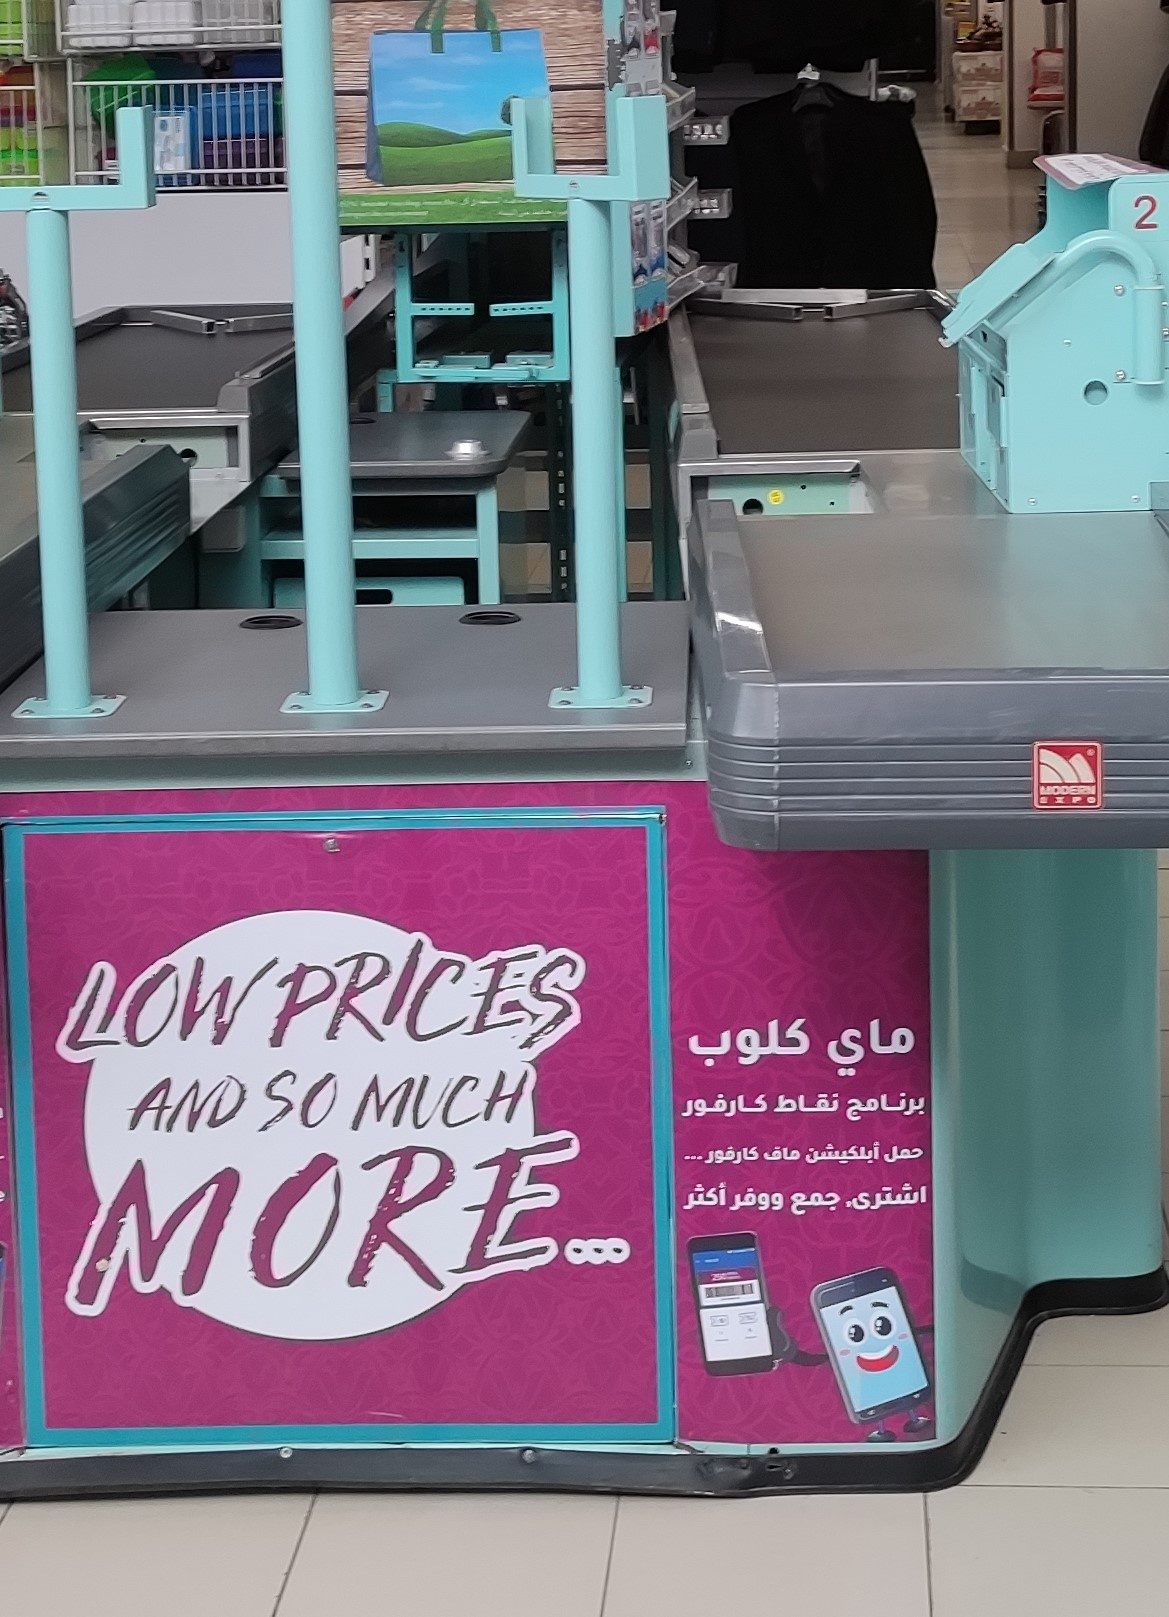
Text in image: كلوب ماي نقاط برنامج كارفور حمل أبلكيشن ماف كارفور أكثر اشترى ووفر جمع PRICES LOW SO MUCH AND MORE